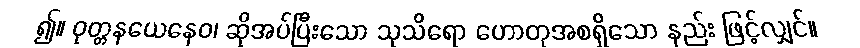
၍။ ဝုတ္တနယေနေဝ၊ ဆိုအပ်ပြီးသော သုသိရော ဟောတုအစရှိသော နည်း ဖြင့်လျှင်။